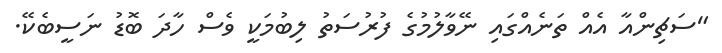
"ސަޗިންއާ އެއް ތަނެއްގައި ނޭވާލުމުގެ ފުރުސަތު ލިބުމަކީ ވެސް ހާދަ ބޮޑު ނަސީބެކޭ.